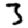
Digit: 3